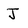
Character: j